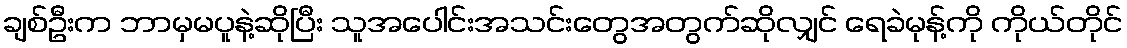
ချစ်ဦးက ဘာမှမပူနဲ့ဆိုပြီး သူအပေါင်းအသင်းတွေအတွက်ဆိုလျှင် ရေခဲမုန့်ကို ကိုယ်တိုင်